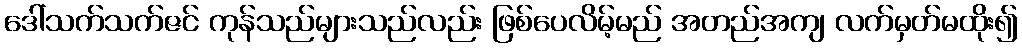
ဒေါ်သက်သက်ဇင် ကုန်သည်များသည်လည်း ဖြစ်ပေလိမ့်မည် အတည်အကျ လက်မှတ်မထိုး၍